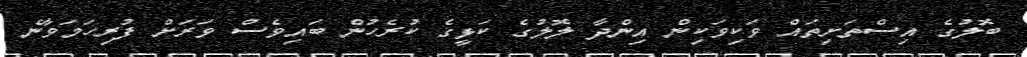
ބޮލުގެ އިސްތަށިތައް ވަކިވަކިން އިންދާ ލޮލުގެ ކަޅީގެ ކުރެހުން ބައިވެސް ވަރަށް ފުރިހަމަވާނެ